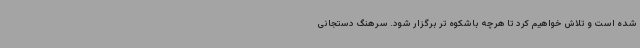
شده است و تلاش خواهیم کرد تا هرچه باشکوه تر برگزار شود. سرهنگ دستجانی